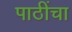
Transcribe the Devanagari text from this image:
पाठींचा